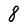
Character: 8